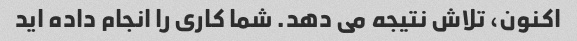
اکنون، تلاش نتیجه می دهد. شما کاری را انجام داده اید